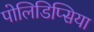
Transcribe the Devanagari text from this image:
पोलिडिप्सिया